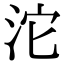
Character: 沱